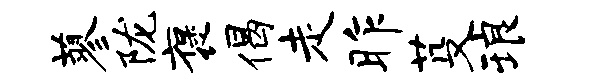
蓼陇褒偈走昨芟琅